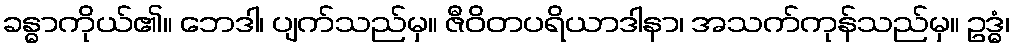
ခန္ဓာကိုယ်၏။ ဘေဒါ၊ ပျက်သည်မှ။ ဇီဝိတပရိယာဒါနာ၊ အသက်ကုန်သည်မှ။ ဥဒ္ဓံ၊